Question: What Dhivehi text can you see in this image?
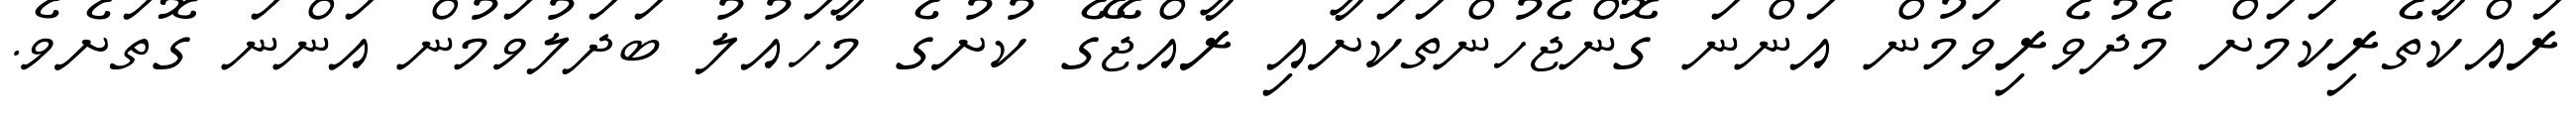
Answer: ރައްކާތެރިކަމަށް މެދުވެރިވަމުން އަންނަ ގޮންޖެހުންތަކަށާއި ރާއްޖޭގެ ކުށުގެ މާހައުލު ބަދަލުވަމުން އަންނަ ގޮތަށެވެ.